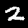
Label: 2